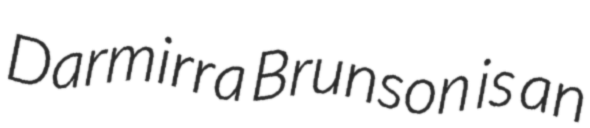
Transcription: Darmirra Brunson is an